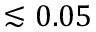
\lesssim 0 . 0 5